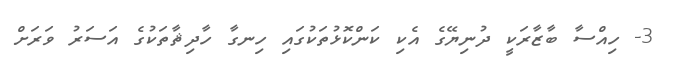
3- ހިއްސާ ބާޒާރަކީ ދުނިޔޭގެ އެކި ކަންކޮޅުތަކުގައި ހިނގާ ހާދިޘާތަކުގެ އަސަރު ވަރަށް